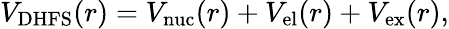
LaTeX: V_{\mathrm{DHFS}}(r)=V_{\mathrm{nuc}}(r)+V_{\mathrm{el}}(r)+V_{\mathrm{ex}}(r),